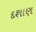
દશાણ